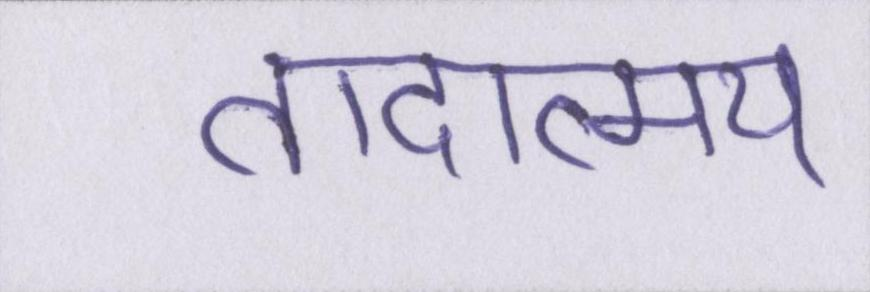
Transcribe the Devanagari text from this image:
तादात्म्य